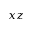
x z